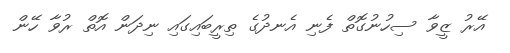
އޭރު ޒީވާ ސިހުނުގޮތް ފެނި އެނދުގެ ތިރީބައިގައި ނިދަން އޮތް ރުވާ ހޭން